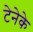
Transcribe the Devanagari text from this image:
टेनेके